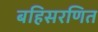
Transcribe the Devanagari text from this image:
बहिसरणित